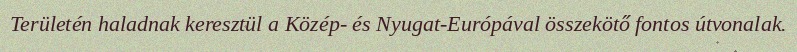
Területén haladnak keresztül a Közép- és Nyugat-Európával összekötő fontos útvonalak.